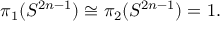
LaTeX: \pi _ { 1 } ( S ^ { 2 n - 1 } ) \cong \pi _ { 2 } ( S ^ { 2 n - 1 } ) = 1 .